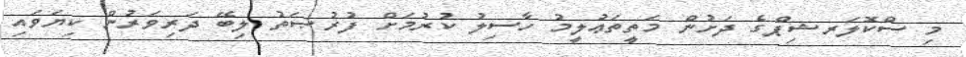
މި ސްކޮލަރޝިޕްގެ ދަށުން މަތީތަޢުލީމު ހާސިލު ކުރުމަށް ފުރުޞަތު ލިބޭ ދަރިވަރުން ކިޔަވައި